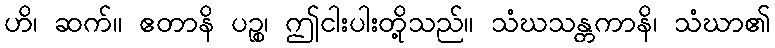
ဟိ၊ ဆက်။ ဧတာနိ ပဉ္စ၊ ဤငါးပါးတို့သည်။ သံဃသန္တကာနိ၊ သံဃာ၏